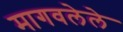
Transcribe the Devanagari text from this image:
मागवलेले